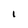
Character: l